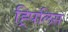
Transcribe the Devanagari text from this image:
ह्र्पिलिस